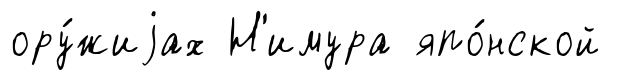
ору́жиjах Н'имура япо́нской